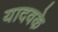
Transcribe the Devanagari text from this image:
यादवके